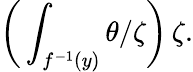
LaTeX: {\bigg(}\int_{f^{-1}(y)}\theta/\zeta{\bigg)}\, \zeta.